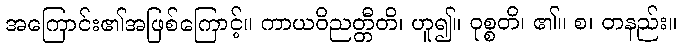
အကြောင်း၏အဖြစ်ကြောင့်။ ကာယဝိညတ္တီတိ၊ ဟူ၍။ ဝုစ္စတိ၊ ၏။ စ၊ တနည်း။